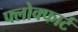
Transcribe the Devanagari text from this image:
फ्लोक्फार्ट